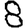
Digit: 8